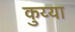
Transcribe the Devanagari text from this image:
कुय्या